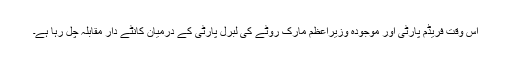
اس وقت فریڈم پارٹی اور موجودہ وزیراعظم مارک رُوٹے کی لبرل پارٹی کے درمیان کانٹے دار مقابلہ چل رہا ہے۔